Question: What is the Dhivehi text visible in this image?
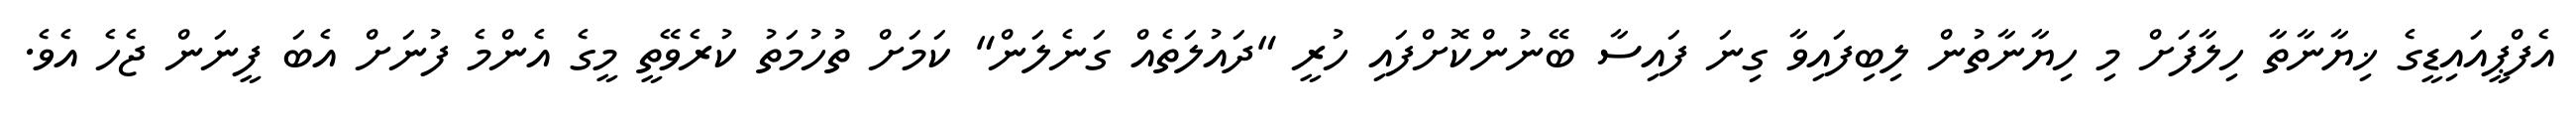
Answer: އެފްޕީއައިޑީގެ ޚިޔާނާތާ ހިލާފަށް މި ހިޔާނާތުން ލިބިފައިވާ ގިނަ ފައިސާ ބޭނުންކޮށްފައި ހުރީ "ދައުލަތެއް ގަނެލަން" ކަމަށް ތުހުމަތު ކުރެވޭތީ މީގެ އެންމެ ފުނަށް އެބަ ފީނަން ޖެހެ އެވެ.